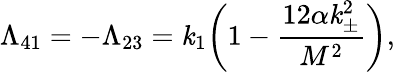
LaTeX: \Lambda_{41}=-\Lambda_{23}=\mathit{k}_{1}\bigg(1-\frac{{12\alpha\mathit{k}_{\pm}^{2}}}{{M^{2}}}\bigg),